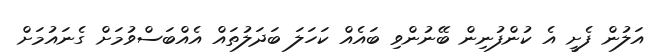
އަލުން ފެށީ އެ ކުންފުނިން ބޭނުންވި ބައެއް ކަހަލަ ބަދަލުތައް އެއްބަސްވުމަށް ގެނައުމަށް